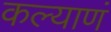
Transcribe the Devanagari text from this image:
कल्याणं